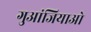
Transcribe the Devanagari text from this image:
गुआंजियाओ